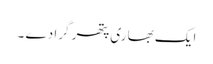
ایک بھا ری پتھر گرا دے ۔